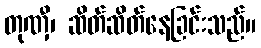
တုဏှီ၊ ဆိတ်ဆိတ်နေခြင်းသည်။